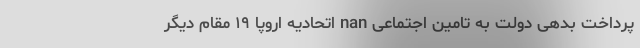
پرداخت بدهی دولت به تامین اجتماعی nan اتحادیه اروپا ۱۹ مقام دیگر